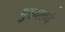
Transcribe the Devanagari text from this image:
मुख्यत्व्ये